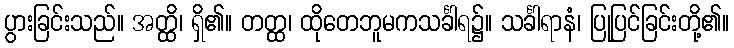
ပွားခြင်းသည်။ အတ္ထိ၊ ရှိ၏။ တတ္ထ၊ ထိုတေဘူမကသင်္ခါရ၌။ သင်္ခါရာနံ၊ ပြုပြင်ခြင်းတို့၏။